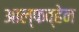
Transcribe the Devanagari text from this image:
आल्फव्हेन